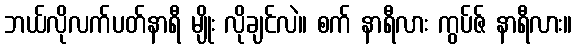
ဘယ်လိုလက်ပတ်နာရီ မျိုး လိုချင်လဲ။ စက် နာရီလား ကွပ်ဇ် နာရီလား။